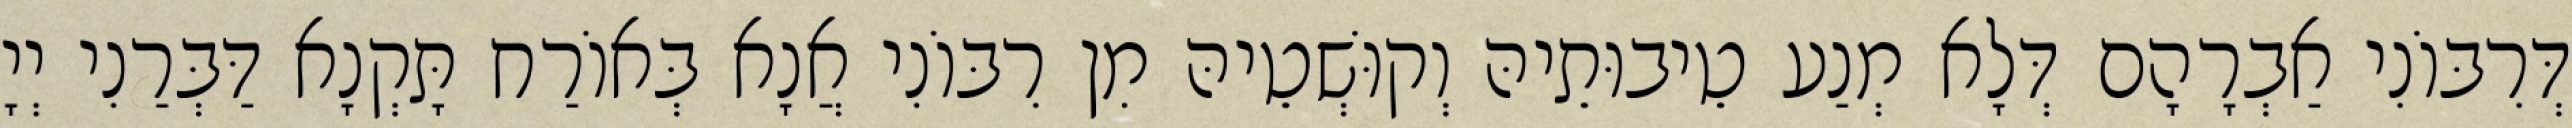
דְּרִבּוֹנִי אַבְרָהָם דְּלָא מְנַע טֵיבוּתֵיהּ וְקוּשְׁטֵיהּ מִן רִבּוֹנִי אֲנָא בְּאוֹרַח תָּקְנָא דַּבְּרַנִי יְיָ